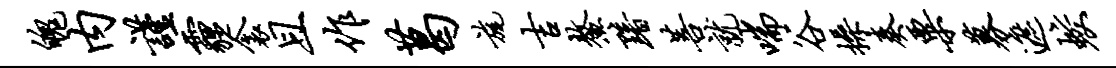
魄内谨霾衾且作葛旄吉鳌黯菩就喘谷操奏粟募遮蛟